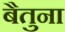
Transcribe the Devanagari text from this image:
बैतुना